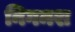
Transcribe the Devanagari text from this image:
निगमश